Document type: payment_order
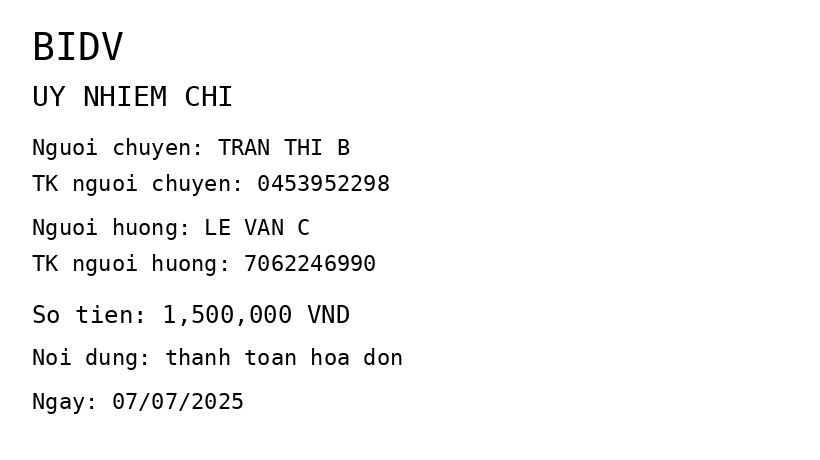
OCR transcript:
BIDV
UY NHIEM CHI
Nguoi chuyen: TRAN THI B
TK nguoi chuyen: 0453952298
Nguoi huong: LE VAN C
TK nguoi huong: 7062246990
So tien: 1,500,000 VND
Noi dung: thanh toan hoa don
Ngay: 07/07/2025
Extracted fields:
bank_name: bidv
sender_name: tran thi b
sender_account: 0453952298
beneficiary_name: le van c
beneficiary_account: 7062246990
amount: 1500000
content: thanh toan hoa don
date: 2025-07-07